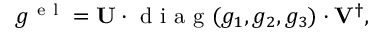
g ^ { \mathrm { ~ e ~ l ~ } } = \mathbf { U } \cdot \mathrm { ~ d ~ i ~ a ~ g ~ } ( g _ { 1 } , g _ { 2 } , g _ { 3 } ) \cdot \mathbf { V } ^ { \dagger } ,